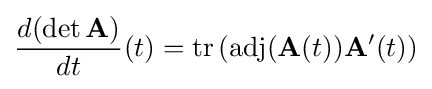
{\frac {d(\det \mathbf {A} )}{dt}}(t)=\operatorname {tr} \left(\operatorname {adj} (\mathbf {A} (t))\mathbf {A} '(t)\right)